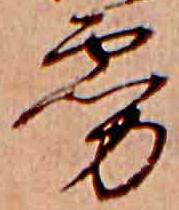
霧